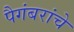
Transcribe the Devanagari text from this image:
पैगंबरांचे